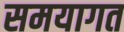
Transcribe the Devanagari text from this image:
समयागत